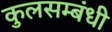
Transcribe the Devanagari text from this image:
कुलसम्बंधी